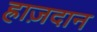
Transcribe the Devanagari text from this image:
ह्राज़दान